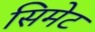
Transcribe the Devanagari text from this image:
सिमेट